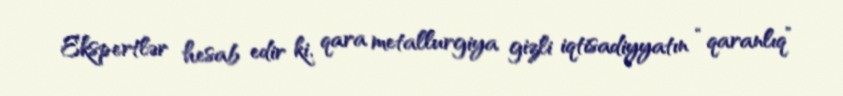
Ekspertlər hesab edir ki, qara metallurgiya gizli iqtisadiyyatın “qaranlıq”